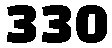
330